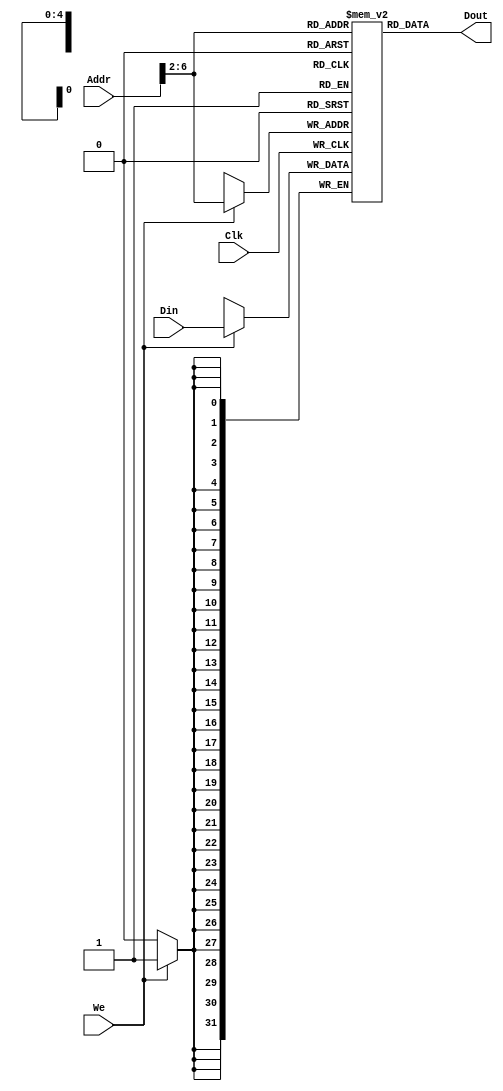
`timescale 1ns / 1ps
//////////////////////////////////////////////////////////////////////////////////
// Company: 
// Engineer: 
// 
// Design Name: 
// Module Name: DATAMEM
// Project Name: 
// Target Devices: 
// Tool Versions: 
// Description: 
// 
// Dependencies: 
// 
// Revision:
// Revision 0.01 - File Created
// Additional Comments:
// 
//////////////////////////////////////////////////////////////////////////////////


module DATAMEM(Addr,Din,Clk,We,Dout);
input [31:0]Addr,Din;
input Clk,We;
output [31:0]Dout;
reg [31:0]Ram[31:0];
//32
assign Dout=Ram[Addr[6:2]];
always@(posedge Clk)begin
    if(We)Ram[Addr[6:2]]<=Din;
end
integer i;
initial begin
    for(i=0;i<32;i=i+1)
       Ram[i]=0;
    //320
    end
endmodule